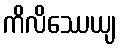
ကိလိဿေယျ